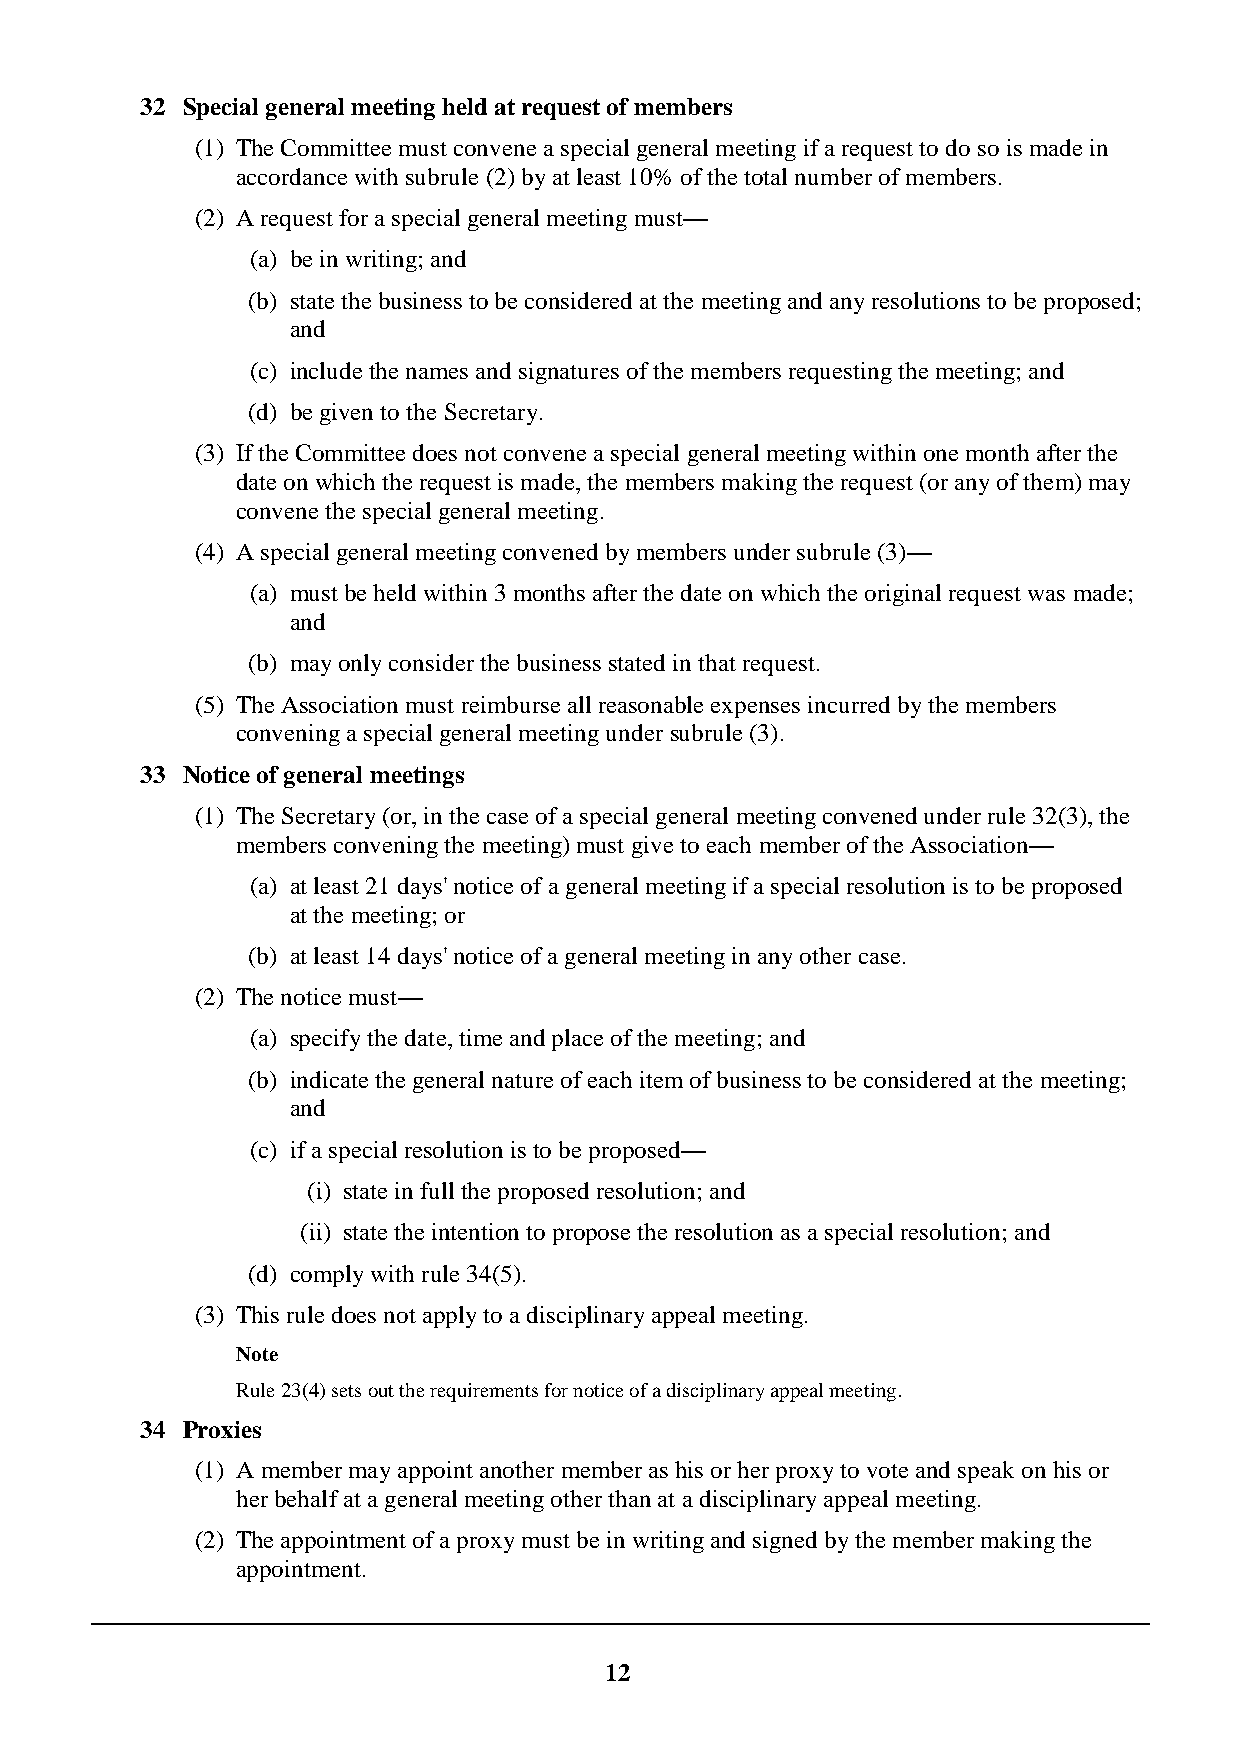
32 Special general meeting held at request of members
 (1) The Committee must convene a special general meeting if a request to do so is made in
 accordance with subrule (2) by at least 10% of the total number of members.
 (2) A request for a special general meeting must—
 (a) be in writing; and
 (b) state the business to be considered at the meeting and any resolutions to be proposed;
 and
 (c) include the names and signatures of the members requesting the meeting; and
 (d) be given to the Secretary.
 (3) If the Committee does not convene a special general meeting within one month after the
 date on which the request is made, the members making the request (or any of them) may
 convene the special general meeting.
 (4) A special general meeting convened by members under subrule (3)—
 (a) must be held within 3 months after the date on which the original request was made;
 and
 (b) may only consider the business stated in that request.
 (5) The Association must reimburse all reasonable expenses incurred by the members
 convening a special general meeting under subrule (3).
 33 Notice of general meetings
 (1) The Secretary (or, in the case of a special general meeting convened under rule 32(3), the
 members convening the meeting) must give to each member of the Association—
 (a) at least 21 days' notice of a general meeting if a special resolution is to be proposed
 at the meeting; or
 (b) at least 14 days' notice of a general meeting in any other case.
 (2) The notice must—
 (a) specify the date, time and place of the meeting; and
 (b) indicate the general nature of each item of business to be considered at the meeting;
 and
 (c) if a special resolution is to be proposed—
 (i) state in full the proposed resolution; and
 (ii) state the intention to propose the resolution as a special resolution; and
 (d) comply with rule 34(5).
 (3) This rule does not apply to a disciplinary appeal meeting.
 Note
 Rule 23(4) sets out the requirements for notice of a disciplinary appeal meeting.
 34 Proxies
 (1) A member may appoint another member as his or her proxy to vote and speak on his or
 her behalf at a general meeting other than at a disciplinary appeal meeting.
 (2) The appointment of a proxy must be in writing and signed by the member making the
 appointment.
 12